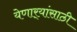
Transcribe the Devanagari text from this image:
येणार्‍यांसाठी